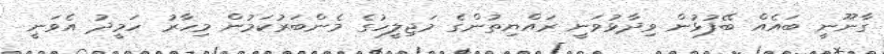
ގާނޫނީ ބައެއް ބޭފުޅުން ވިދާޅުވަނީ ރައްޔިތުންގެ މަޖިލީހުގެ މެންބަރުކަމުން މިހާރު ހަމީދު އެވަނީ